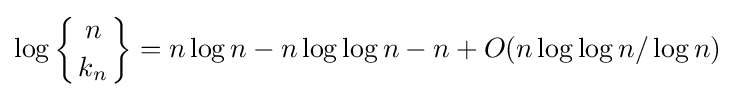
\log \left\{{n \atop k_{n}}\right\}=n\log n-n\log \log n-n+O(n\log \log n/\log n)